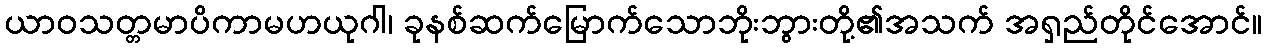
ယာဝသတ္တမာပိကာမဟယုဂါ၊ ခုနစ်ဆက်မြောက်သောဘိုးဘွားတို့၏အသက် အရှည်တိုင်အောင်။